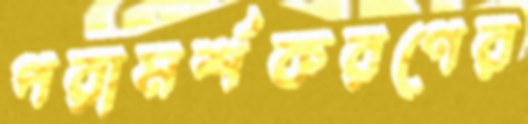
পরামর্শকরণের